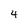
Character: 4